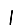
Digit: 1